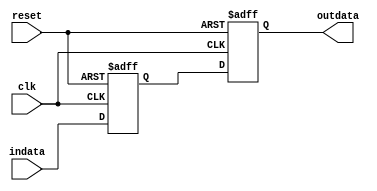
module doublesync(indata,
				  outdata,
				  clk,
				  reset);

input indata,clk,reset;
output outdata;

reg reg1, reg2;

always @(posedge clk or negedge reset)
begin
	 if (!reset)
	 begin
	 	reg1 <= 1'b0;
		reg2 <= 1'b0;
	 end else 
	 begin
	 	reg1 <= indata;
		reg2 <= reg1;
	 end
end

assign outdata = reg2;

endmodule